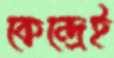
কেন্দ্রেই